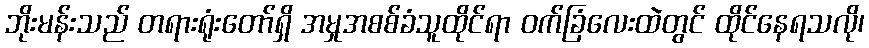
ဘိုးမန်းသည် တရားရုံးတော်ရှိ အမှုအစစ်ခံသူထိုင်ရာ ဝက်ခြံလေးထဲတွင် ထိုင်နေရသလို၊